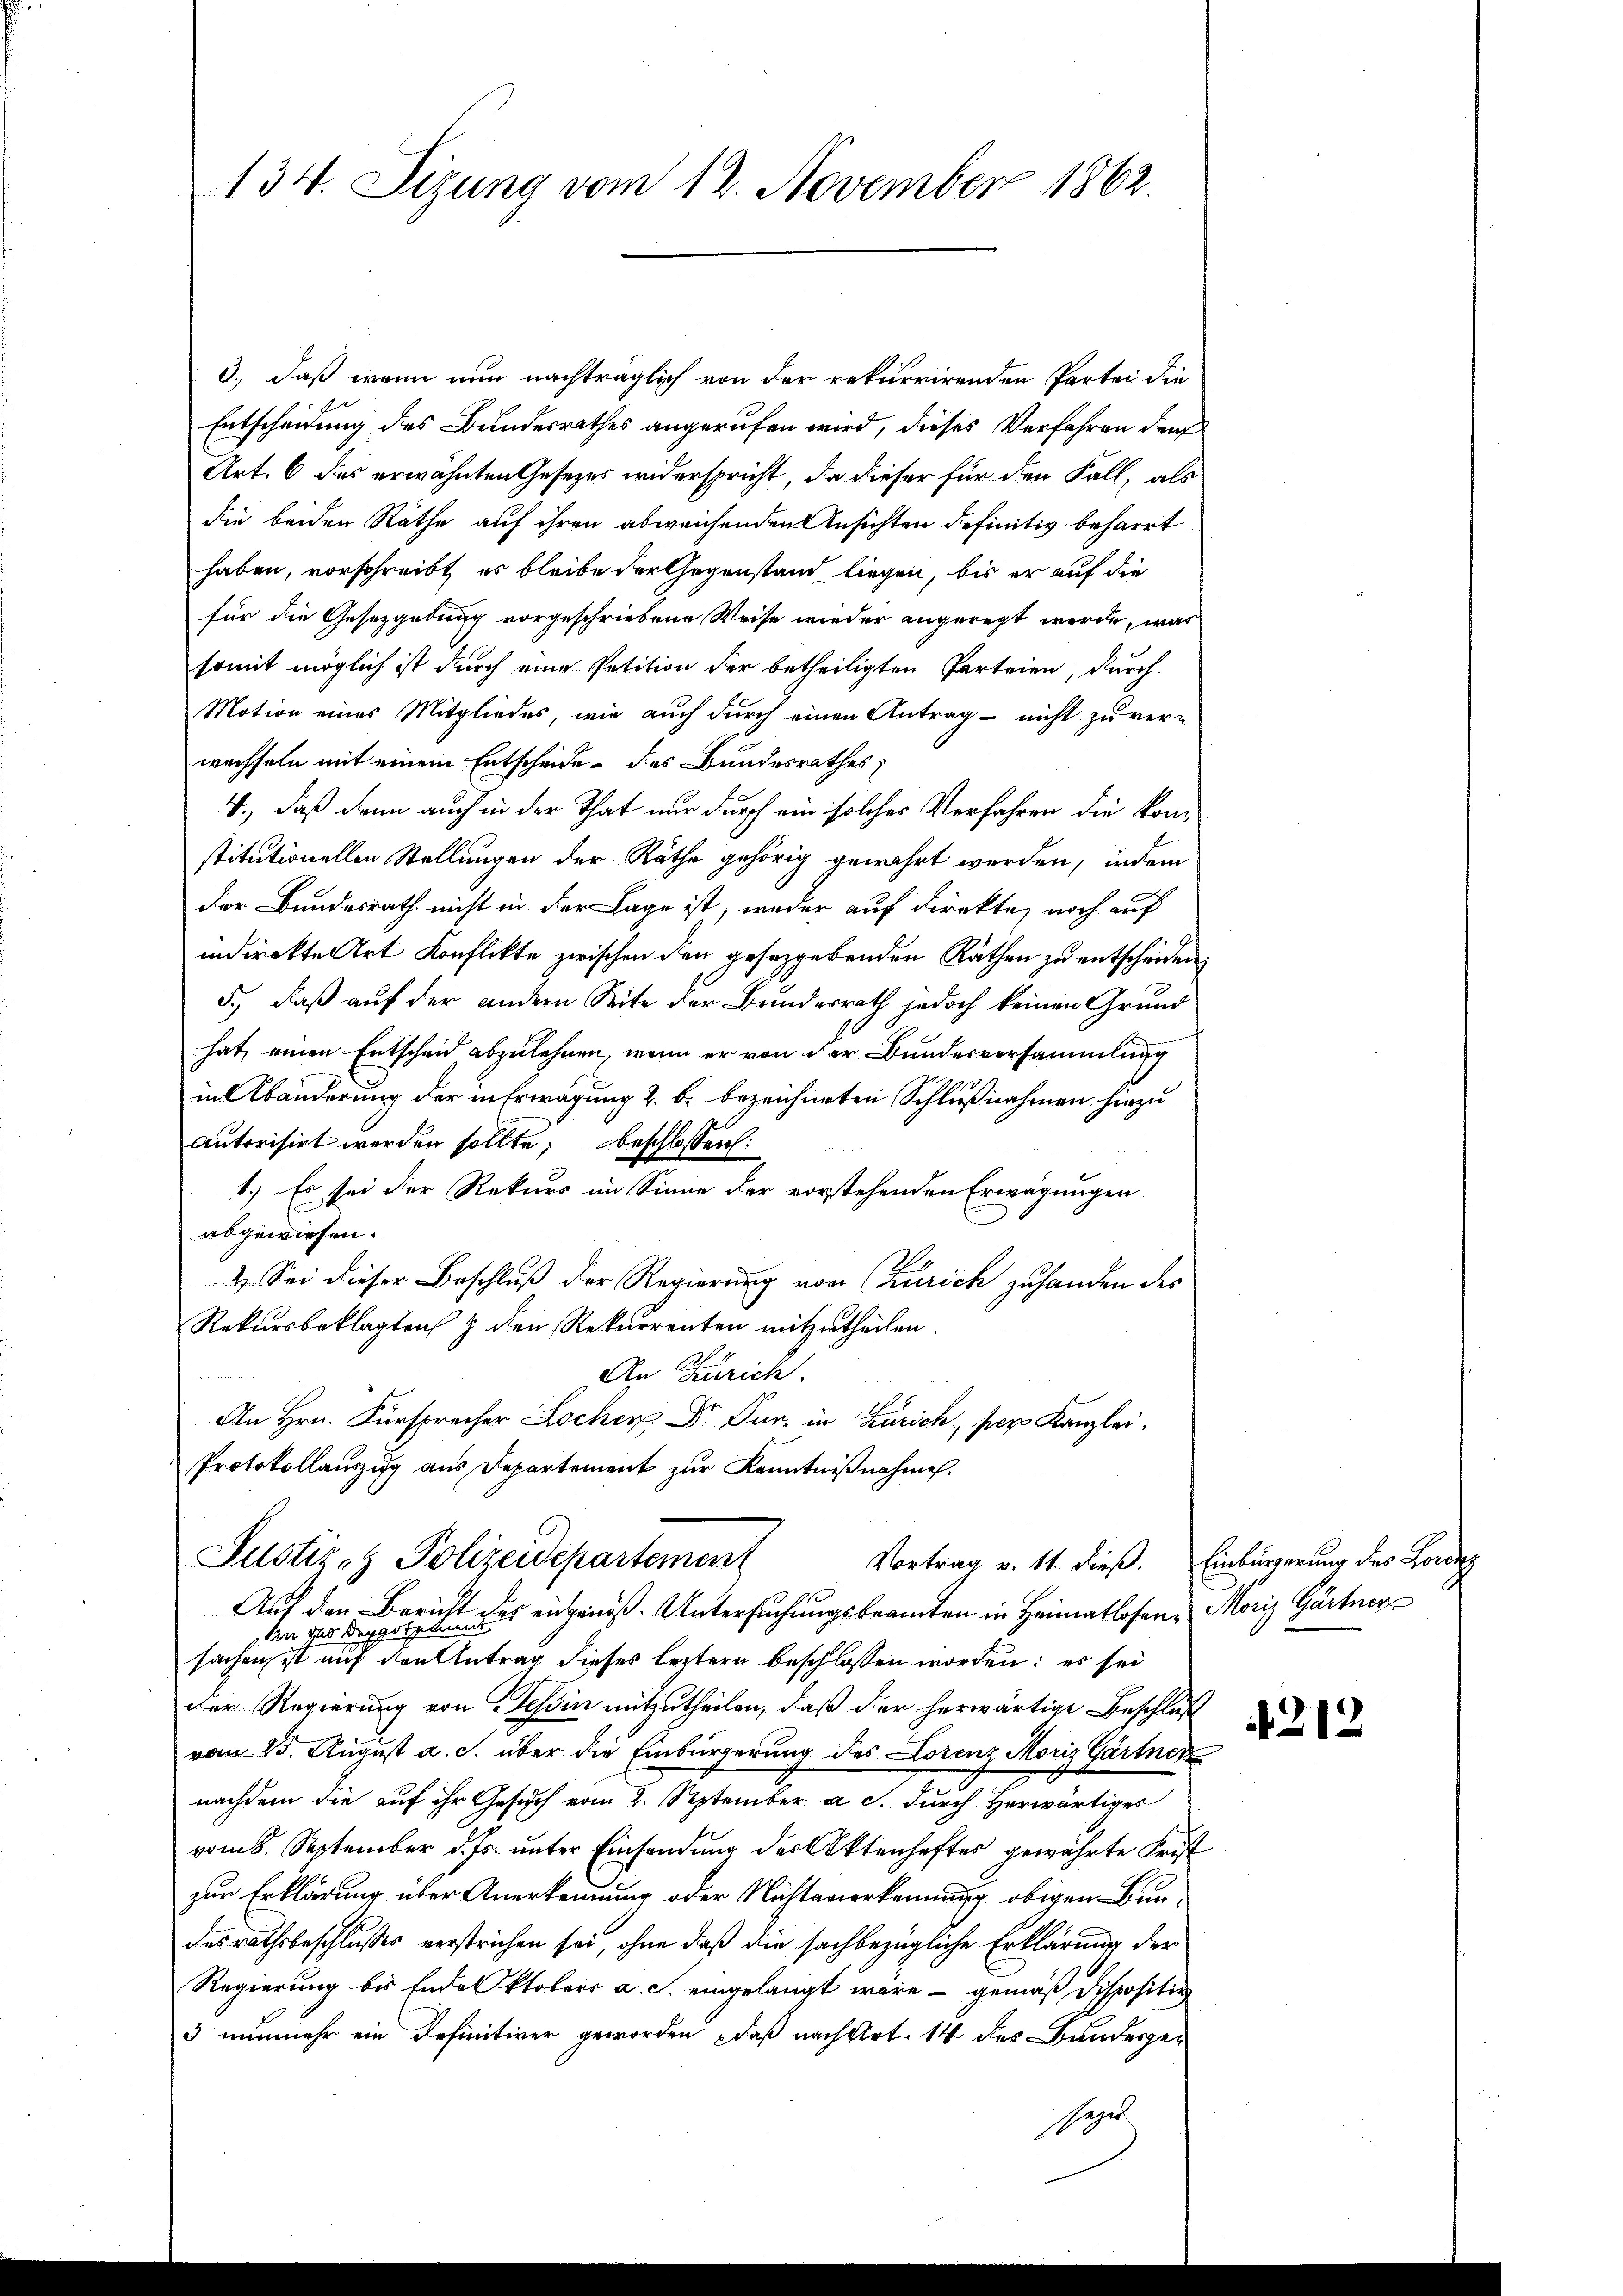
134. Sizung vom 12. November 1862.

3., daß wenn nun nachträglich von der rekurrirenden Partei die
Entscheidung des Bundesrathes angerufen wird, dieses Verfahren dann
Art. 6 des erwähnten Gesetzes widerspricht, da dieser für den Fall, als
die beiden Räthe auf ihren abweichenden Ansichten definitiv beharrt
haben, vorschreibt es bleibe der Gegenstand liegen, bis er auf die
für die Gesetzgebung vorgeschriebene Weise wieder angeregt werde, was
somit möglich ist durch eine Petition der betheiligten Parteien, durch
Motion eines Mitgliedes, wie auch dŭrch einen Antrag nicht zu ver-
wachseln mit einem Entscheide des Bundesrathes;
V., daß denn auch in der That nur durch ein solches Verfahren die konstitutionellen Stellungen der Räthe gehörig gewährt werden, indem
der Bundesrath nicht in der Lage ist, weder auf direkte, noch auf
indirekte Art Konflikte zwischen den gesetzgebenden Räthen zu entscheiden.
5., daß auf der andern Seite der Bundesrath jedoch keinen Grund
hat, einen Entscheid abzulehnen, wenn er von der Bundesversammlung
in Abänderung der in Erwägung 2. b. bezeichneten Schlußnahmen hinzu¬
Autorisirt werden sollte; beschlossen:
1.) Es sei der Rekurs im Sinne der vorstehenden Erwägungen
abgewiesen.
2. Sei dieser Beschluß der Regierung von (Zürich zu handen des
Rekursbeklagten & den Rekurrenten mitzutheilen.
An Zürich
An Hrn. Fürspracher Lochen Dr. Dur. in Zürich, per Kanzlei.
Protokollauszug aus Departement zur Kenntnißnahmen.
Justiz- & Polizeidepartement
Vortrag v. 11. dieß. Einbürgerung des Borde
Auf den Bericht
den der Dippolet aus eingenoß. Untersuchungsbeamten in Heimatlosen Moriz Gärtner
sachen ist auf den Antrag dieses leztern beschlossen worden: es sei
Der Regierung von Tessin mitzutheilen, daß der herwärtige. Beschluß
vom 25. August a. c. über die Einbürgerung des Lorenz Moriz Gärtner
nachdem die auf ihr Gesuch vom 2. September a. c. durch Herwärtiges
vom 8. September d. Js. unter Einsendung des Aktenhaftes gewährte Frist
zur Erklärung über Anerkennung oder Nichtanerkennung obigen Bundesrathsbeschlußes verstrichen sei, ohne daß die sachbezügliche Erklärung der
Regierung bis Ende Oktobers a. c. eingelangt wäre - gemäß Dispositio
3 nunmehr ein Definitiver geworden, daß nach Art. 14 des Bunderge¬
Seper

212